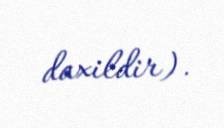
daxildir).